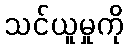
သင်ယူမှုကို